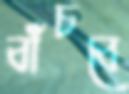
বাঁচবে